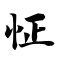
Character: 怔